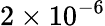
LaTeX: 2\times 10^{-6}